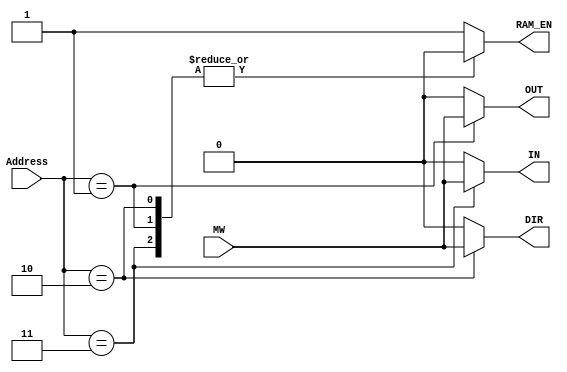
module SFR_WR_EN(IN, OUT, DIR, RAM_EN, Address, MW);

input [7:0] Address;
input MW;
output reg IN, OUT, DIR, RAM_EN;

always @(Address)
begin

case (Address [7:0])

8'b00000001: begin //OUT
IN = 0;
OUT = MW;
DIR = 0;
RAM_EN = 0;
end

8'b00000010: begin //DIR
IN = 0;
OUT = 0;
DIR = MW;
RAM_EN = 0;
end

8'b00000011: begin //IN
IN = MW;
OUT = 0;
DIR = 0;
RAM_EN = 0;
end

default: begin 
IN = 0;
OUT = 0;
DIR = 0;
RAM_EN = 1;
end

endcase

end

endmodule